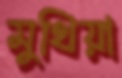
মুথিয়া